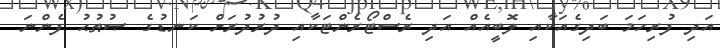
އަދި ފުރިހަމަ ބަދިގެއަކާއި ލޮބީއެއް އަދި ރެސްޓޯރެންޓަކާއި ދުރުދުރަށް ކަނޑުގެ ޞުޠުޙު ފެންނަ